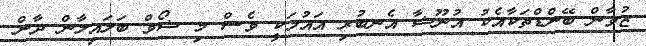
ޒުވާން ބޭންޑްތަކާއެކު އުނޫޝާ އެނބުރި އައުމަކީ ވެސް މި ޝޯވް ބަލައިލާން ދާން